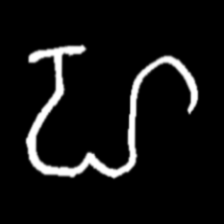
Pyu character \u2014 Myanmar letter: ဟ (romanized: ha)